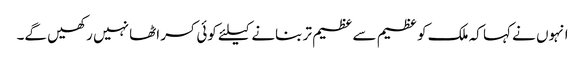
انہوں نے کہا کہ ملک کو عظیم سے عظیم تر بنانے کیلئے کوئی کسر اٹھا نہیں رکھیں گے۔